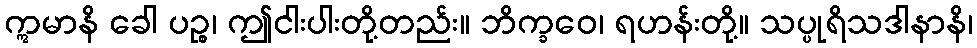
ဣမာနိ ခေါ ပဉ္စ၊ ဤငါးပါးတို့တည်း။ ဘိက္ခဝေ၊ ရဟန်းတို့။ သပ္ပုရိသဒါနာနိ၊